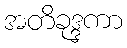
အတိခုဒ္ဒကာ